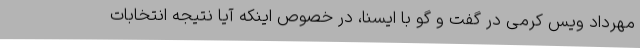
مهرداد ویس کرمی در گفت و گو با ایسنا، در خصوص اینکه آیا نتیجه انتخابات